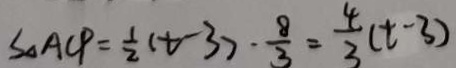
S _ { \Delta A C P } = \frac { 1 } { 2 } ( t - 3 ) \cdot \frac { 8 } { 3 } = \frac { 4 } { 3 } ( t - 3 )